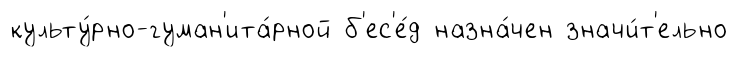
культу́рно-гуман'ита́рной б'ес'е́д назна́чен значи́т'ельно